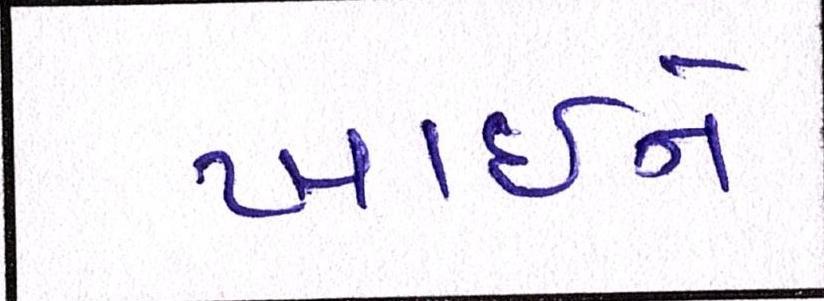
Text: ખાઇને